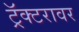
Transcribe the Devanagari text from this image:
ट्रॅक्टरावर